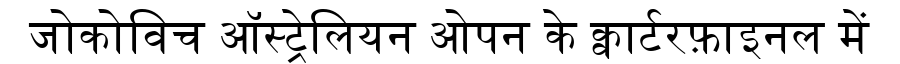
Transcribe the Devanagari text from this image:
जोकोविच ऑस्ट्रेलियन ओपन के क्वार्टरफ़ाइनल में